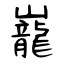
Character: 巃